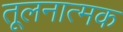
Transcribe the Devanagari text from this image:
तूलनात्मक